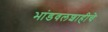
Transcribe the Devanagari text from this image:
भांडवलशाहीचे